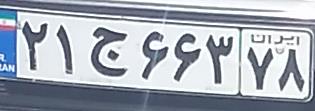
۲۱ج۶۶۳۷۸